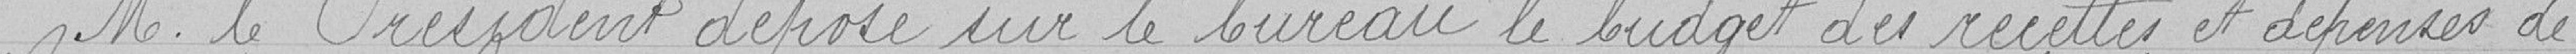
Monsieur le Président dépose sur le bureau le budget des recettes et dépenses de